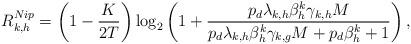
LaTeX: \begin{align*}R_{k,h}^{Nip}=\left(1-\frac{K}{2T}\right)\log_2\left(1+\frac{p_d\lambda_{k,h}\beta_h^k\gamma_{k,h}M}{p_d\lambda_{k,h}\beta_h^k\gamma_{k,g}M+p_d\beta_h^k+1}\right),\end{align*}